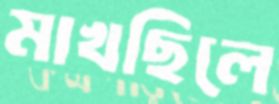
মাখছিলে